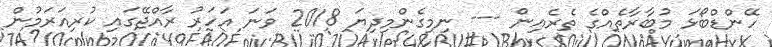
ހޭންޑްބޯޅަ މުބާރާތެއްގެ ތެރެއިން --- ނިމިގެންމިދިޔަ 2018 ވަނަ އަހަރު ރާއްޖޭގައި ކުރިއަރަމުން